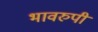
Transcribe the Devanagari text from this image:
भावरुपी